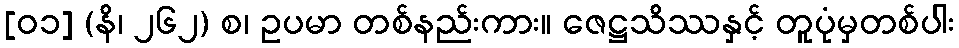
[၀၁] (နိ၊ ၂၆၂) စ၊ ဥပမာ တစ်နည်းကား။ ဇေဋ္ဌသိဿနှင့် တူပုံမှတစ်ပါး